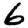
Digit: 6